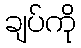
ချပ်ကို